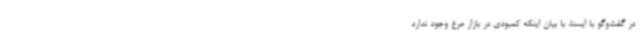
در گفت‌وگو با ایسنا، با بیان اینکه کمبودی در بازار مرغ وجود ندارد